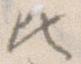
ひ